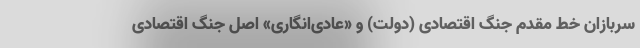
سربازان خط مقدم جنگ اقتصادی (دولت) و «عادی‌انگاری» اصل جنگ اقتصادی